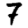
Digit: 7